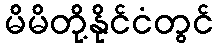
မိမိတို့နိုင်ငံတွင်